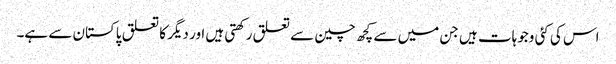
اس کی کئی وجوہات ہیں جن میں سے کچھ چین سے تعلق رکھتی ہیں اور دیگر کا تعلق پاکستان سے ہے۔